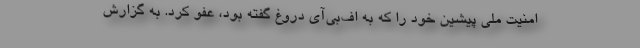
امنیت ملی پیشین خود را که به اف‌بی‌آی دروغ گفته بود، عفو کرد. به گزارش